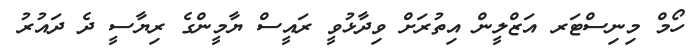
ހޯމް މިނިސްޓަރ އަޒްލީން އިތުރަށް ވިދާޅުވީ ރައީސް ޔާމީންގެ ރިޔާސީ ދެ ދައުރު